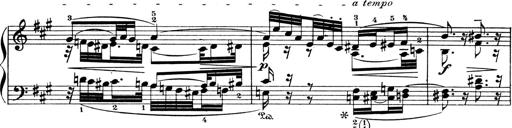
Title: 4 Sonatines
Composer: Max Reger